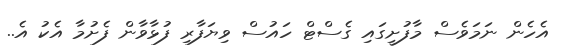
އެހެން ނަމަވެސް މާފުށީގައި ގެސްޓް ހައުސް ވިޔަފާރި ފުޅާވާން ފެށުމާ އެކު އެ..